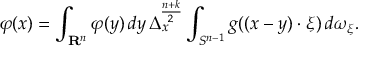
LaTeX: \varphi ( x ) = \int _ { \mathbf { R } ^ { n } } \varphi ( y ) \, d y \, \Delta _ { x } ^ { \frac { n + k } { 2 } } \int _ { S ^ { n - 1 } } g ( ( x - y ) \cdot \xi ) \, d \omega _ { \xi } .